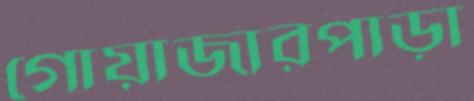
গোয়াজারপাড়া